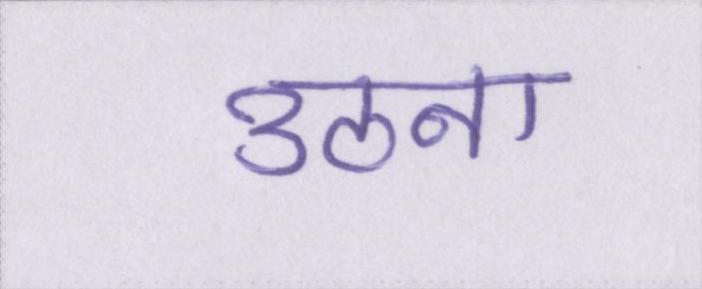
उठना